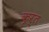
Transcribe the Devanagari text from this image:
कृर्त